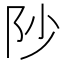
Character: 𮤻